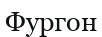
Фургон